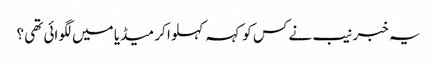
یہ خبر نیب نے کس کو کہہ کہلوا کر میڈیا میں لگوائی تھی ؟